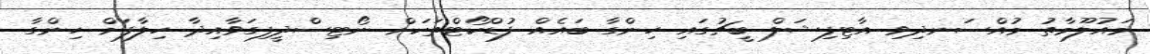
މައުލޫމާތު މުއްސަނދިވި އާޓިފިޝަލް ބީޗުގައި ހިންގާ ބައެއް ފުޑްކޯޓްތަކަށް ނޯޓިސްދީފިގަވާއިދާ ހިލާފަށް ހިންގާ